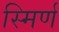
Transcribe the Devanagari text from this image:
स्मिर्ण